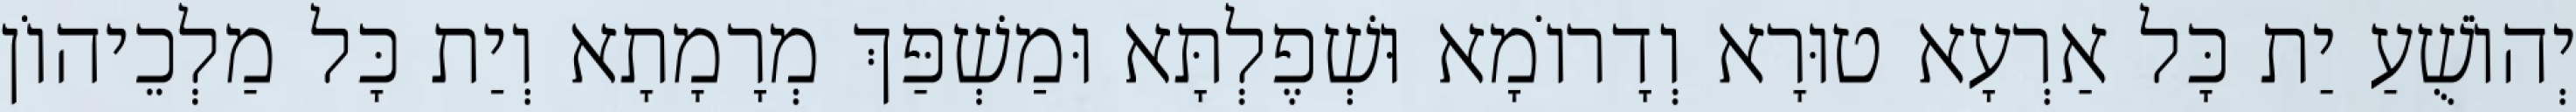
יְהוֹשֻׁעַ יַת כָּל אַרְעָא טוּרָא וְדָרוֹמָא וּשְׁפֶלְתָּא וּמַשְׁפַּךְ מְרָמָתָא וְיַת כָּל מַלְכֵיהוֹן